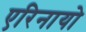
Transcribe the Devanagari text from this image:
एरिनायो